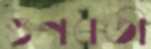
গুণবতী